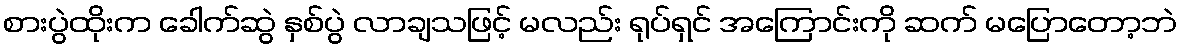
စားပွဲထိုးက ခေါက်ဆွဲ နှစ်ပွဲ လာချသဖြင့် မလည်း ရုပ်ရှင် အကြောင်းကို ဆက် မပြောတော့ဘဲ